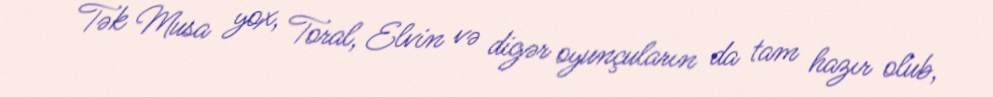
Tək Musa yox, Toral, Elvin və digər oyunçuların da tam hazır olub,